Vaccination in the Punjab 1919-1929 - 1919-1929
Year: 1919
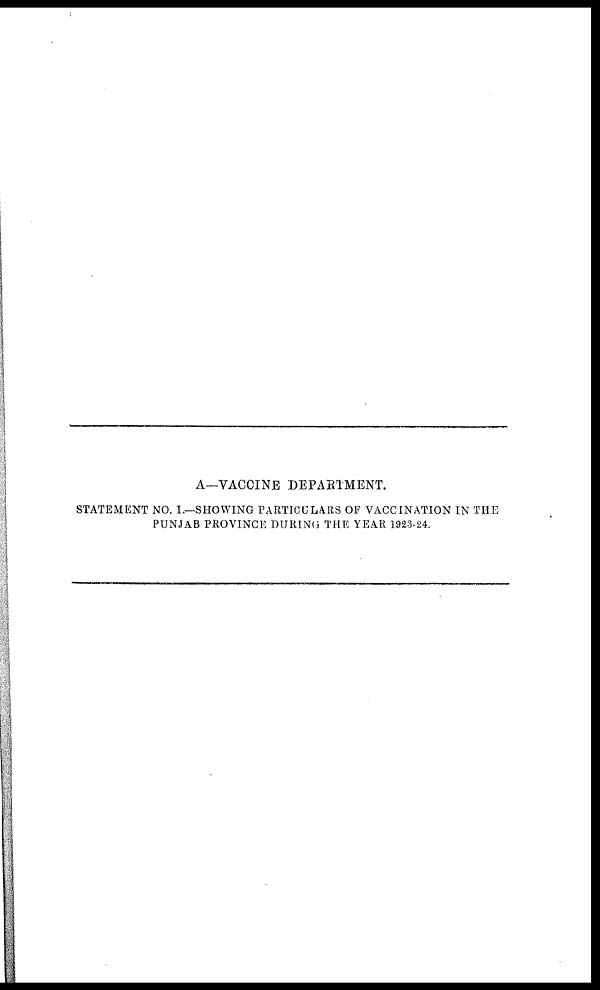
A—VACCINE DEPARTMENT.
STATEMENT NO. I.—SHOWING PARTICULARS OF VACCINATION IN THE
PUNJAB PROVINCE DURING THE YEAR 1923-24.